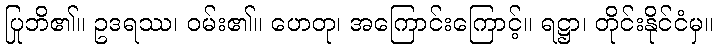
ပြုဘိ၏။ ဥဒရဿ၊ ဝမ်း၏။ ဟေတု၊ အကြောင်းကြောင့်။ ရဋ္ဌာ၊ တိုင်းနိုင်ငံမှ။